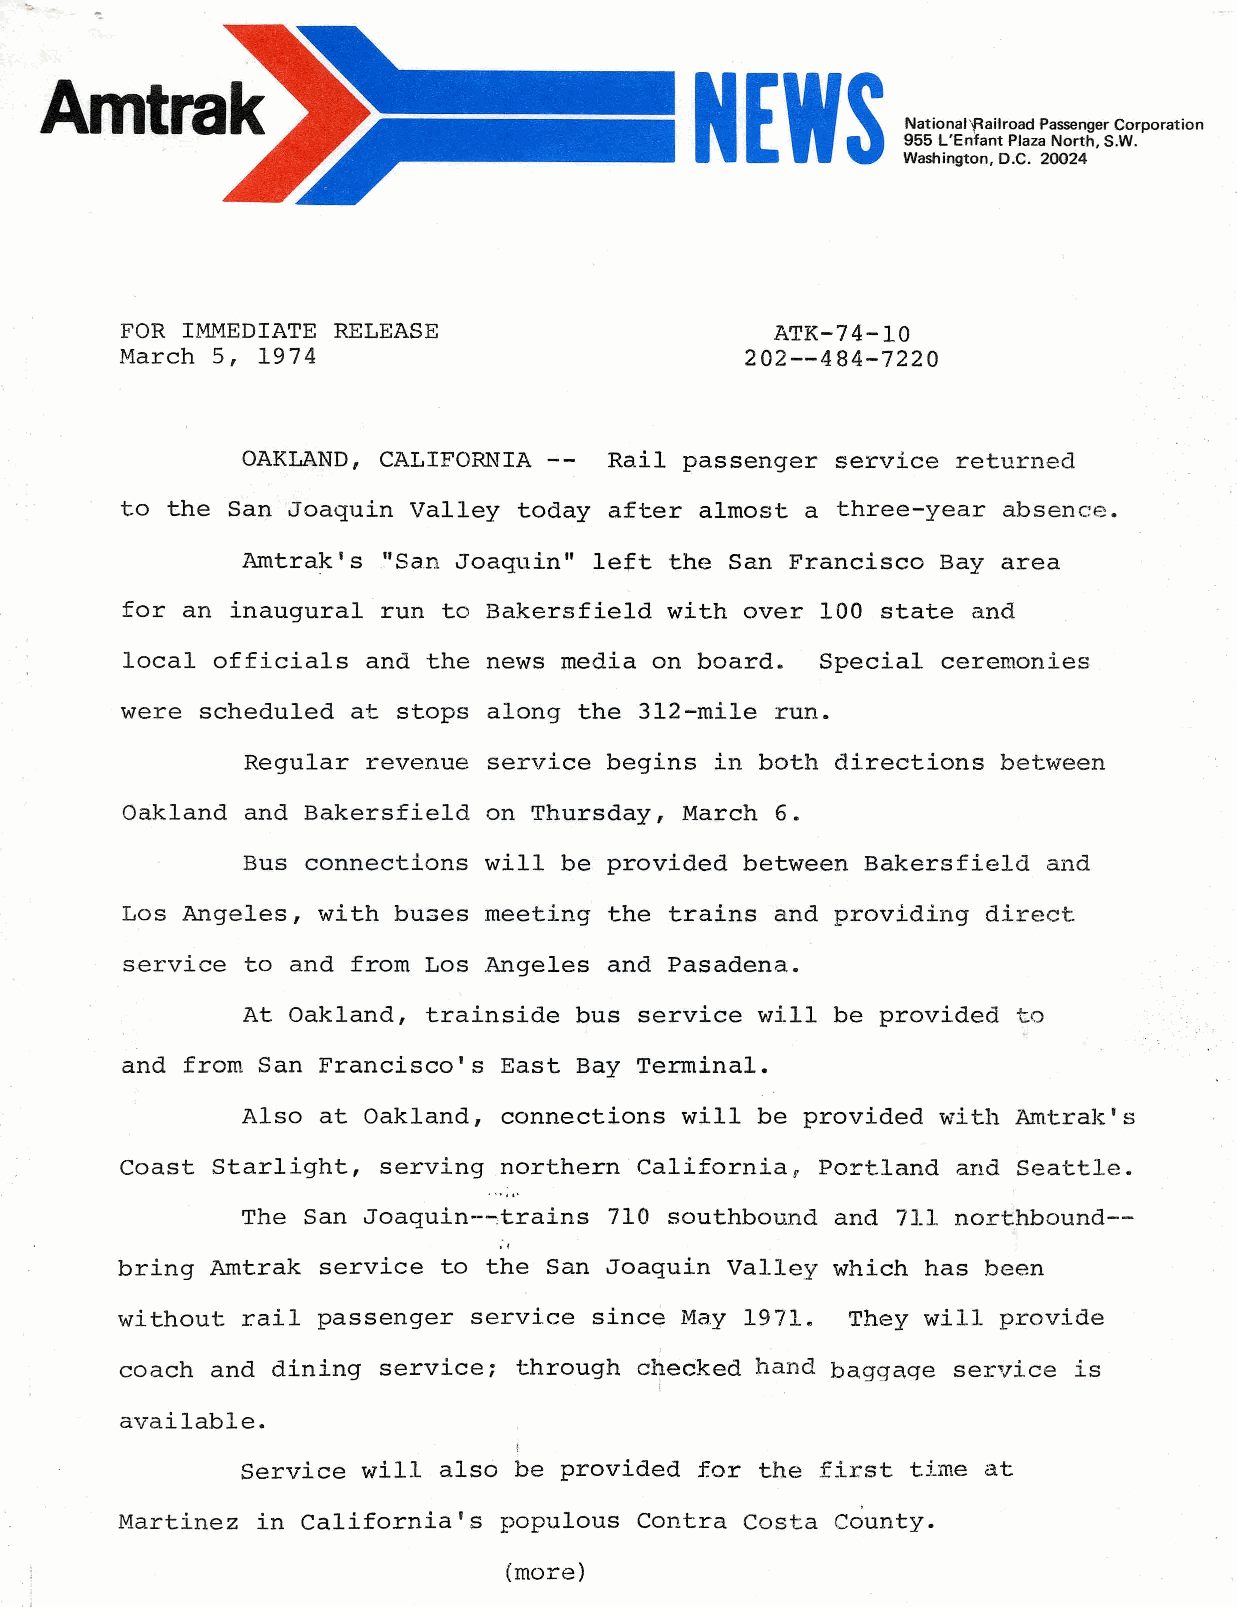
NEWS
 National~ailroad Passenger Corporation
 955 L'Enfant Plaza North, S.w.
 Washington, D.C. 20024
 FOR IMMEDIATE RELEASE                      ATK-74-l0
 March 5, 1974                            202--484-7220
 OAKLAND, CALIFORNIA --  Rail passenger service returned
 to the San Joaquin Valley today after almost a three-year absence.
 Amtrak's "San Joaquin" left the San Francisco Bay area
 for an inaugural run to Bakersfield with over 100 state and
 local officials and the news media on board.  Special ceremonies
 were scheduled at stops along the 3l2-mile run.
 Regular revenue service begins in both directions between
 Oakland and Bakersfield on Thursday, March 6.
 Bus connections will be provided between Bakersfield and
 Los Angeles, with bu:;es meeting the trains and providing direct
 service to and from Los Angeles and Pasadena.
 At Oakland, trainside bus service will be provided to
 and from San Francisco's East Bay Terminal.
 Also at Oakland, connections will be provided with Amtrak's
 Coast Starlight, serving northern California  Portland and Seattle.
 r
 The San Joaquin--trains 710 southbound and 711 northbound--
 bring Amtrak service to the San Joaquin Valley which has been
 without rail passenger service sinc~ May 1971.  They will provide
 coach and dining service; through checked hand baggaqe service is
 available.
 I
 Service will also be provided for the first time at
 Martinez in California's populous Contra Costa County.
 (more)